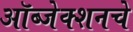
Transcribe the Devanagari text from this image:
ऑब्जेक्शनचे